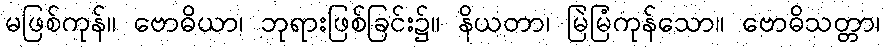
မဖြစ်ကုန်။ ဗောဓိယာ၊ ဘုရားဖြစ်ခြင်း၌။ နိယတာ၊ မြဲမြံကုန်သော။ ဗောဓိသတ္တာ၊